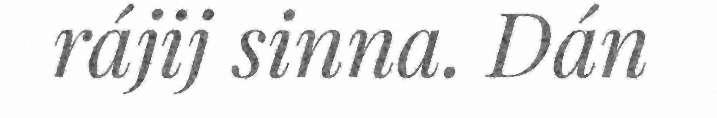
rájij sinna. Dán